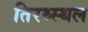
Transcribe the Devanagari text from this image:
तिरथ्स्थल